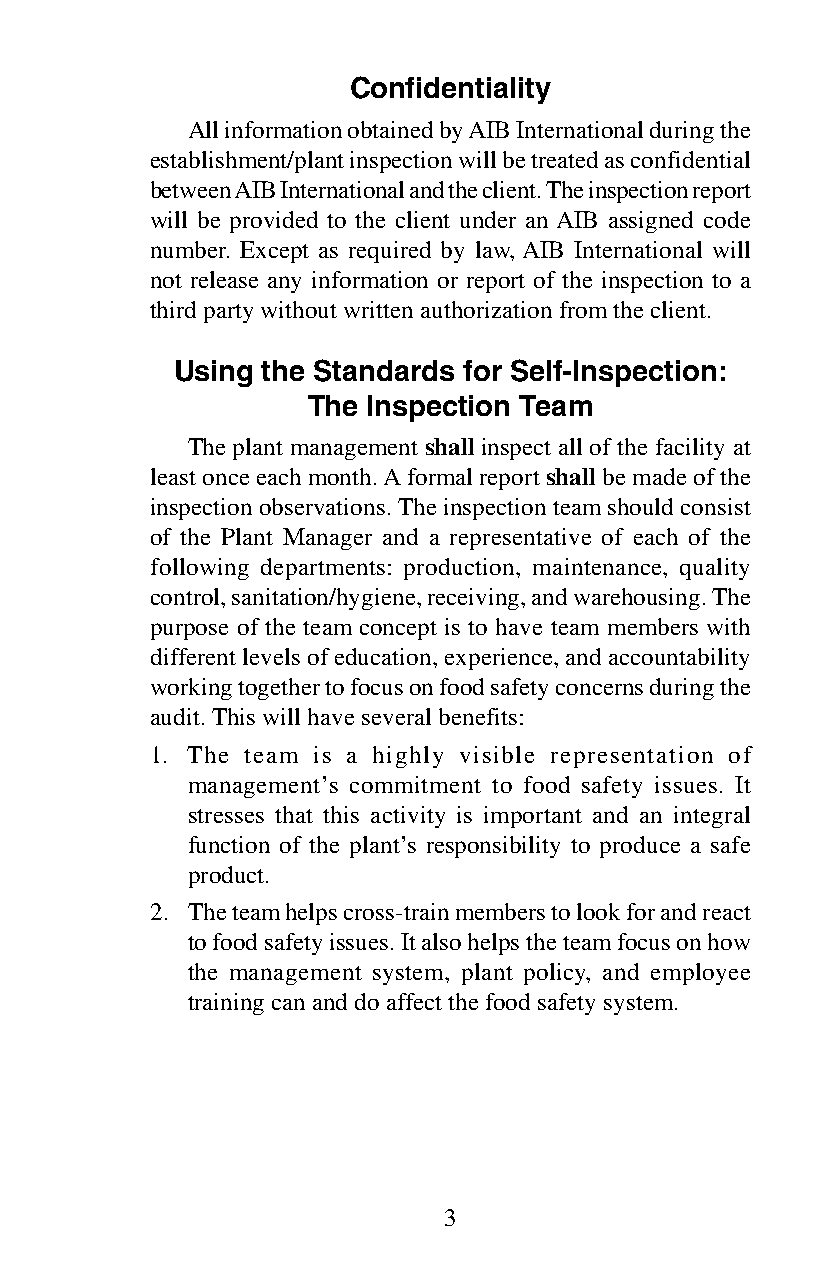
Confidentiality
 All information obtained by AIB International during the
 establishment/plant inspection will be treated as confidential
 between AIB International and the client. The inspection report
 will be provided to the client under an AIB assigned code
 number. Except as required by law, AIB International will
 not release any information or report of the inspection to a
 third party without written authorization from the client.
 Using the Standards for Self-Inspection:
 The Inspection Team
 The plant management shall inspect all of the facility at
 least once each month. A formal report shall be made of the
 inspection observations. The inspection team should consist
 of the Plant Manager and a representative of each of the
 following departments: production, maintenance, quality
 control, sanitation/hygiene, receiving, and warehousing. The
 purpose of the team concept is to have team members with
 different levels of education, experience, and accountability
 working together to focus on food safety concerns during the
 audit. This will have several benefits:
 1. The team is a highly visible representation of
 management’s commitment to food safety issues. It
 stresses that this activity is important and an integral
 function of the plant’s responsibility to produce a safe
 product.
 2. The team helps cross-train members to look for and react
 to food safety issues. It also helps the team focus on how
 the management system, plant policy, and employee
 training can and do affect the food safety system.
 3